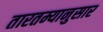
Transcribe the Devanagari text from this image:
तारतम्यानुसार